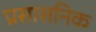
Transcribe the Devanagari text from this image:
प्रसासनिक